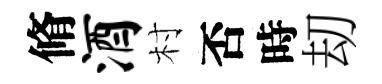
脩酒村否時刧